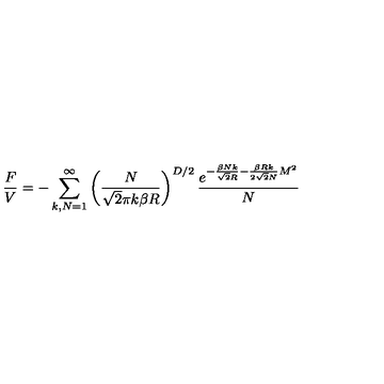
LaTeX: \frac { F } { V } = - \sum _ { k , N = 1 } ^ { \infty } \left( \frac { N } { \sqrt { 2 } \pi k \beta R } \right) ^ { D / 2 } \frac { e ^ { - \frac { \beta N k } { \sqrt { 2 } R } - \frac { \beta R k } { 2 \sqrt { 2 } N } M ^ { 2 } } } { N }